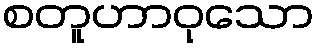
စတူဟာဝုသော